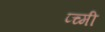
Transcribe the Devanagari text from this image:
प्च्मी